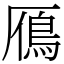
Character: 鴈